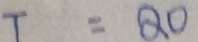
T = Q O